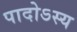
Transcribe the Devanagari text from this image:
पादोऽस्य